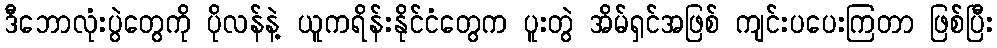
ဒီဘောလုံးပွဲတွေကို ပိုလန်နဲ့ ယူကရိန်းနိုင်ငံတွေက ပူးတွဲ အိမ်ရှင်အဖြစ် ကျင်းပပေးကြတာ ဖြစ်ပြီး